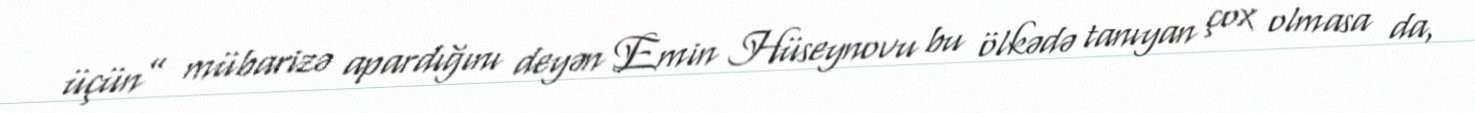
üçün” mübarizə apardığını deyən Emin Hüseynovu bu ölkədə tanıyan çox olmasa da,